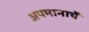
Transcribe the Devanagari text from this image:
अपमानाचें